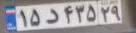
۱۵د۴۳۵۲۹